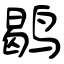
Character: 鹖